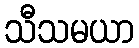
သီသမယာ